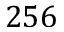
2 5 6